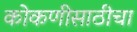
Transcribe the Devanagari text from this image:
कोकणीसाठीचा